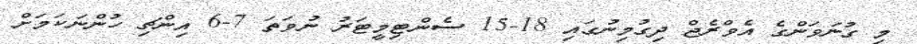
މި ގުނަވަންގެ އެވްރެޖް ދިގުމިނުގައި 18-15 ސެންޓިމީޓަރު ނުވަތަ 7-6 އިންޗި ހުންނަކަމަށް